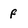
Character: f